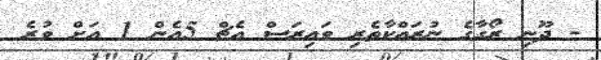
- ދޫނި ރޯގާގެ ނުރައްކާތެރި ވައިރަސް އެޗް 5އެން 1 އަށް ވުރެ